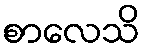
စာလေသိ